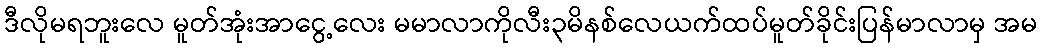
ဒီလိုမရဘူးလေ မူတ်အုံးအာငွေ့လေး မမာလာကိုလီး၃မိနစ်လေယက်ထပ်မူတ်ခိုင်းပြန်မာလာမှ အမ